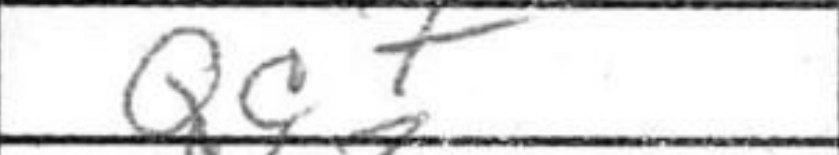
Transcription: Qc7